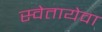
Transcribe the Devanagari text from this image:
स्वेतायेवा